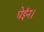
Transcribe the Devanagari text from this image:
घेईन।